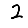
Digit: 2